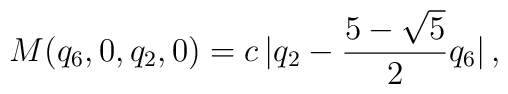
M({q_6,0,q_2,0})=c \, |q_2 -\frac{5-\sqrt{5}}{2} q_6| \, ,